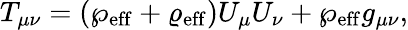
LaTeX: T_{\mu\nu}=(\wp_{\mathrm{eff}}+\varrho_{\mathrm{eff}})U_{\mu}U_{\nu}+\wp_{\mathrm{eff}}g_{\mu\nu},